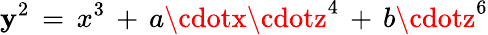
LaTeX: \mathbf{y}^{2}\, =\, x^{3}\, +\, a\cdotx\cdotz^{4}\, +\, b\cdotz^{6}